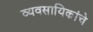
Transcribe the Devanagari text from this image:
व्यवसायिकांचे